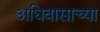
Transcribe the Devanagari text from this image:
अधिवासाच्या